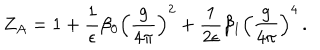
LaTeX: Z _ { A } = 1 + \frac { 1 } { \epsilon } \beta _ { 0 } \left( \frac { g } { 4 \pi } \right) ^ { 2 } + \frac { 1 } { 2 \epsilon } \beta _ { 1 } \left( \frac { g } { 4 \pi } \right) ^ { 4 } \, .